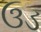
ઉડ